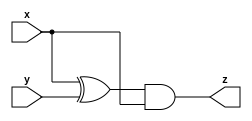
/* 
Problem Statement: Taken from 2015 midterm question 4
                    Module A is supposed to implement the function z = (x^y) & x. Implement this module.
                    
Solution:
*/

module top_module (input x, input y, output reg z);
always@*
    begin
        z = (x^y) & x;
    end
endmodule